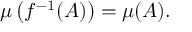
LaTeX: \mu \left( f ^ { - 1 } ( A ) \right) = \mu ( A ) .